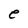
Character: e